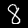
Label: 8